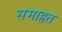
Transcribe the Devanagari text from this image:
समाहृत